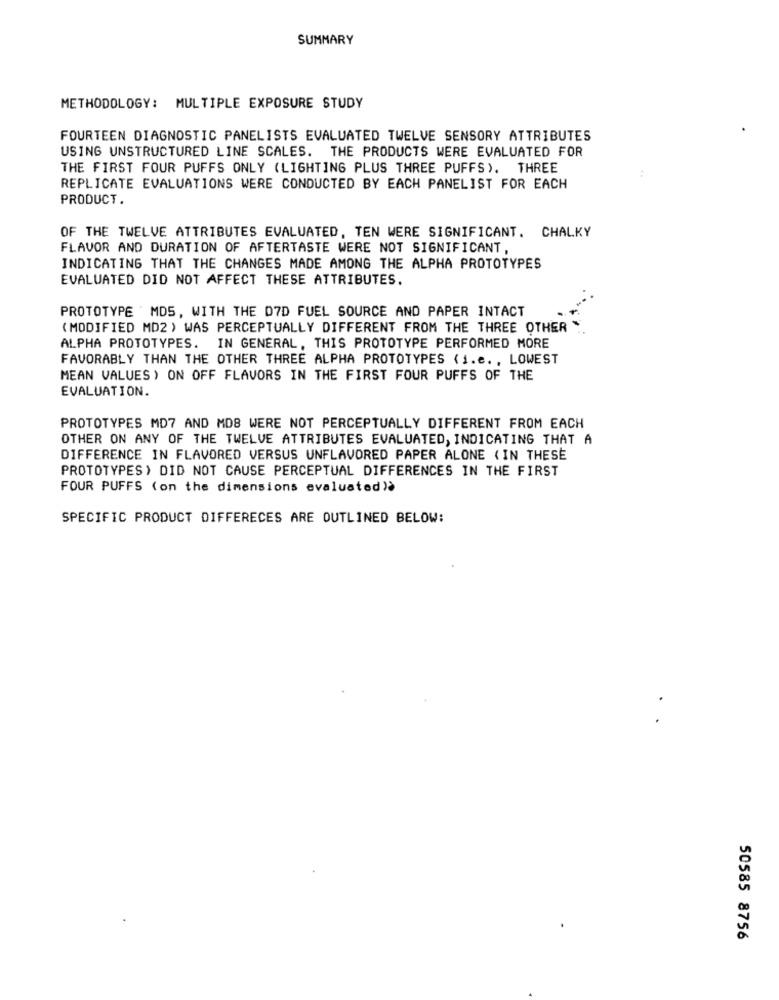
SUMMARY
METHODOLOGY: MULTIPLE EXPOSURE STUDY
FOURTEEN DIAGNOSTIC PANELISTS EVALUATED TWELVE SENSORY ATTRIBUTES
USING UNSTRUCTURED LINE SCALES. THE PRODUCTS WERE EVALUATED FOR
THE FIRST FOUR PUFFS ONLY (LIGHTING PLUS THREE PUFFS), THREE
REPLICATE EVALUATIONS WERE CONDUCTED BY EACH PANELIST FOR EACH
PRODUCT.
OF THE TWELVE ATTRIBUTES EVALUATED, TEN WERE SIGNIFICANT. CHALKY
FLAVOR AND DURATION OF AFTERTASTE WERE NOT SIGNIFICANT,
INDICATING THAT THE CHANGES MADE AMONG THE ALPHA PROTOTYPES
EVALUATED DID NOT AFFECT THESE ATTRIBUTES.
PROTOTYPE MDS, WITH THE 07D FUEL SOURCE AND PAPER INTACT
( MODIFIED MD2 ) WAS PERCEPTUALLY DIFFERENT FROM THE THREE OTHER
ALPHA PROTOTYPES. IN GENERAL, THIS PROTOTYPE PERFORMED MORE
FAVORABLY THAN THE OTHER THREE ALPHA PROTOTYPES (i.e. , LOWEST
MEAN VALUES) ON OFF FLAVORS IN THE FIRST FOUR PUFFS OF THE
EVALUATION.
PROTOTYPES MD7 AND MDB WERE NOT PERCEPTUALLY DIFFERENT FROM EACH
OTHER ON ANY OF THE TWELVE ATTRIBUTES EVALUATED, INDICATING THAT A
DIFFERENCE IN FLAVORED VERSUS UNFLAVORED PAPER ALONE (IN THESE
PROTOTYPES> DID NOT CAUSE PERCEPTUAL DIFFERENCES IN THE FIRST
FOUR PUFFS (on the dimensions evaluated)à
SPECIFIC PRODUCT DIFFERECES ARE OUTLINED BELOW:
50585 8756